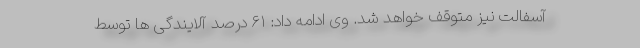
آسفالت نیز متوقف خواهد شد. وی ادامه داد: ۶۱ درصد آلایندگی ها توسط